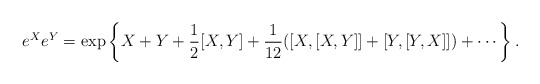
\begin{align*}e^X e^Y = \exp \left\{ X+Y+{1 \over 2}[X,Y]+{1 \over 12}([X,[X,Y]]+[Y,[Y,X]]) + \cdots \right\} .\end{align*}